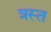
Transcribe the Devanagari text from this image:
त्रस्‍त